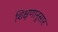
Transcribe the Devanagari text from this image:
शिक्षणानुसार